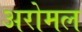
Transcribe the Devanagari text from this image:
अरोमल